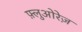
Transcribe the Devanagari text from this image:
फ़्लुओरेज़